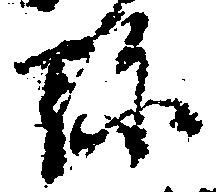
弥